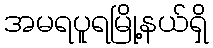
အမရပူရမြို့နယ်ရှိ